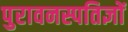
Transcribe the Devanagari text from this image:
पुरावनस्पतिज्ञों